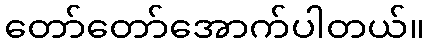
တော်တော်အောက်ပါတယ်။